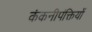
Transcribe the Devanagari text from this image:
कंकनीपंक्तियों